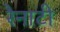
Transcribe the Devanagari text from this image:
रेनाटी